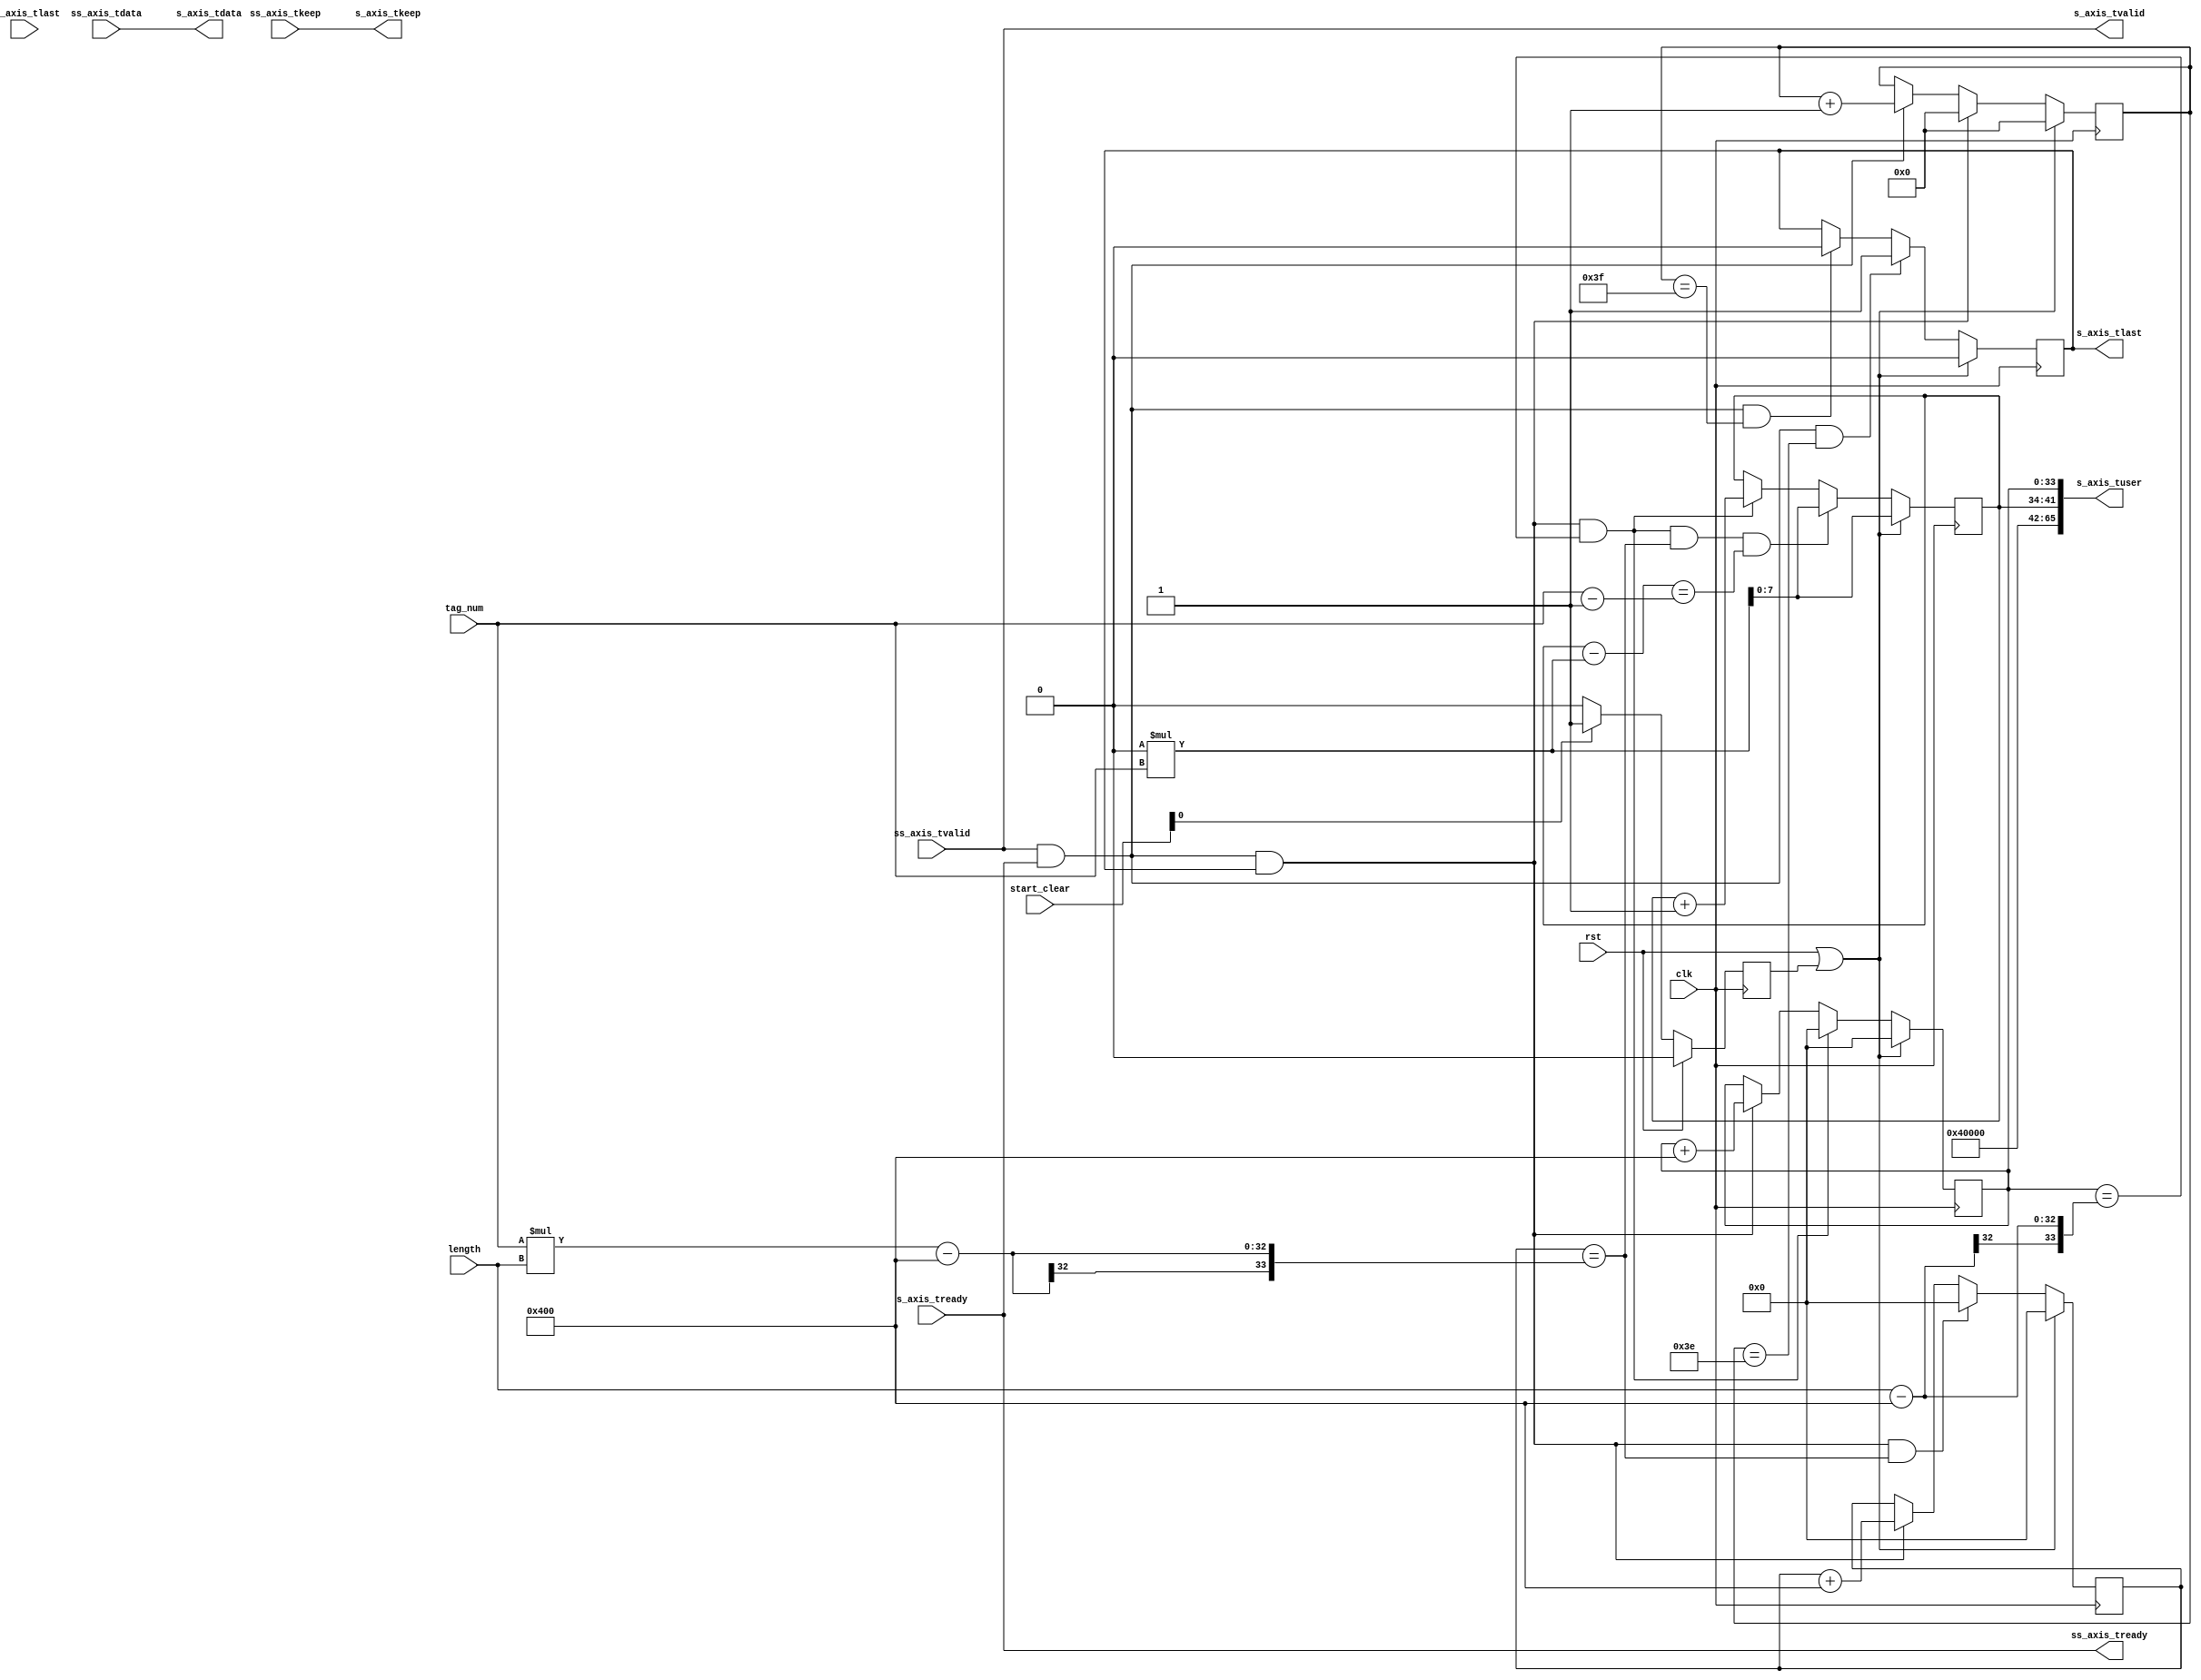
//+----------------------------------STAR_THEAD---------------------------------------
//--            ******************************************                      
//--            ** Copyright (C) 2017, ucas, Inc. **                      
//--            ** All Rights Reserved.                 **                      
//--            ******************************************                      
//------------------------------------------------------------------------------
//-- Module Name     :    fifo2tuser
//-- Description     :    Interface                                             
//-- Revision history:                                                          
//     Date               Author       Description                              
//     2017-11-04 10:49   shuangchao.lv   Initialize code
//-----------------------------------END_THEAD----------------------------------------
`timescale 1ns/100ps
module pack_stream(/*autoarg*/
    //Inputs
    clk, rst, ss_axis_tvalid, ss_axis_tlast, ss_axis_tdata, 
    ss_axis_tkeep, tag_num, length, start_clear, s_axis_tready, 

    //Outputs
    ss_axis_tready, s_axis_tvalid, s_axis_tlast, 
    s_axis_tuser, s_axis_tdata, s_axis_tkeep);
//1K allign
parameter   C_DATA_W = 128;
parameter   C_ID_NUM = 0;
localparam  C_PACK_NUM = 1024 * 8/C_DATA_W;
localparam  C_KEEP_W = C_DATA_W/8;

input 	                    clk;
input 	                    rst;  
input 	                    ss_axis_tvalid;
output 	                    ss_axis_tready;
input 	                    ss_axis_tlast;
input [C_DATA_W - 1:0]      ss_axis_tdata;
input [C_KEEP_W - 1 : 0]    ss_axis_tkeep;
input[31:0]                 tag_num;
input[31:0]                 length;
input[31:0]                 start_clear;


output 	                    s_axis_tvalid;
input 	                    s_axis_tready;
output 	                    s_axis_tlast;
output [65:0]               s_axis_tuser;
output [C_DATA_W - 1:0]     s_axis_tdata;
output   [C_KEEP_W - 1 : 0] s_axis_tkeep;

reg                         s_axis_tlast;
reg                         soft_rst;

wire[31:0]                  tol_length;

reg[7:0]                    id;
wire[15:0]                  sec_cnt;
reg [31:0]                  pack_num_cnt;   
reg [33:0]                  offset_addr;
reg[33:0]                   pack_offset;
wire[31:0]                  id_offset;


assign                      s_axis_tkeep = ss_axis_tkeep;
assign                      ss_axis_tready = s_axis_tready;
assign                      s_axis_tvalid = ss_axis_tvalid;
assign                      s_axis_tdata = ss_axis_tdata;
assign                      s_axis_tuser = {sec_cnt,8'h0,id,pack_offset};

assign                      sec_cnt = 16'h400;
assign                      tol_length = tag_num * length;
assign                      id_offset = C_ID_NUM * tag_num;
//assign                      id_offset = C_ID_NUM << 4;
                     

always@(posedge clk)
	if(rst)
		soft_rst <= 0;
	else if(start_clear[0] == 1)
    soft_rst <= 1;
  else
    soft_rst <= 0;

always@(posedge clk)
	if(rst || soft_rst)
		pack_num_cnt <= 0;
	else if(s_axis_tvalid && s_axis_tready && s_axis_tlast)
    pack_num_cnt <= 0;
	else if(s_axis_tvalid && s_axis_tready)
		pack_num_cnt <= pack_num_cnt + 1;

always@(posedge clk)
	if(rst || soft_rst)
		s_axis_tlast <= 0;
	else if(s_axis_tvalid && s_axis_tready && (pack_num_cnt == (C_PACK_NUM - 2)))
    s_axis_tlast <= 1;
	else if(s_axis_tvalid && s_axis_tready && (pack_num_cnt == (C_PACK_NUM - 1)))
		s_axis_tlast <= 0;

always@(posedge clk)
	if(rst || soft_rst)
		offset_addr <= 0;
	else if(s_axis_tvalid && s_axis_tready && s_axis_tlast && (offset_addr == (tol_length - 16'h400)))
    offset_addr <= 0;
	else if(s_axis_tvalid && s_axis_tready && s_axis_tlast)
    offset_addr <= offset_addr + 16'h400;

always@(posedge clk)
	if(rst || soft_rst)
		pack_offset <= 0;
	else if(s_axis_tvalid && s_axis_tready && s_axis_tlast && (pack_offset == (length - 16'h400)))
    pack_offset <= 0;
	else if(s_axis_tvalid && s_axis_tready && s_axis_tlast)
    pack_offset <= pack_offset + 16'h400;

always@(posedge clk)
	if(rst || soft_rst)
		id <= id_offset;
	else if(s_axis_tvalid && s_axis_tready && s_axis_tlast && (pack_offset == (length - 16'h400)) && (offset_addr == (tol_length - 16'h400)) && ((id - id_offset) == (tag_num - 1)))
    id <= id_offset;
	else if(s_axis_tvalid && s_axis_tready && s_axis_tlast && (pack_offset == (length - 16'h400)))
    id <= id + 1;


endmodule